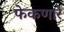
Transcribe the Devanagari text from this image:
फेकणारे